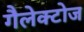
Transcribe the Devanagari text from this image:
गैलेक्टोज